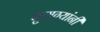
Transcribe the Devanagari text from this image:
बुणग्यांनी